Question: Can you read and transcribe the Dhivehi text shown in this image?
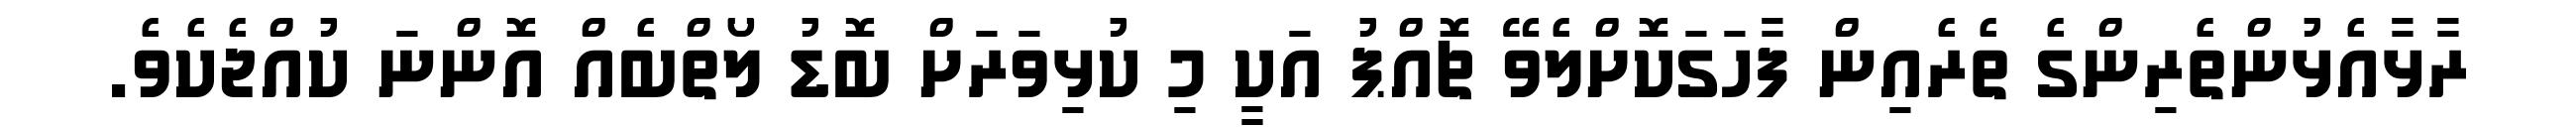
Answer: ރާޅާއެޅުންތެރިންގެ ތެރެއިން ފާހަގަކޮށްލެވޭ ޗޮއްޕު އަކީ މި ކުޅިވަރަށް ބޮޑު ލޯތްބެއް އޮންނަ ކުއްޖެކެވެ.